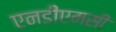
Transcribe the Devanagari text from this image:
एनडीएमसी